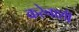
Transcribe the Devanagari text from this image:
करेेनाशी